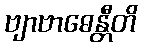
ဗျာဗာဓေန္တီတိ